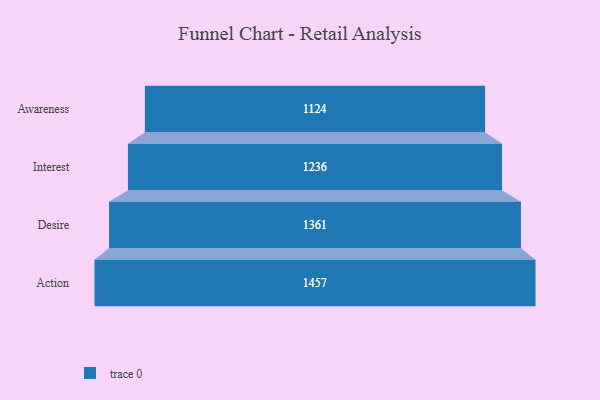
{"axis": {"x": "Stage", "y": "Value"}, "legend": [""], "data": [{"x": "Awareness", "y": 1124.0, "type": ""}, {"x": "Interest", "y": 1236.0, "type": ""}, {"x": "Desire", "y": 1361.0, "type": ""}, {"x": "Action", "y": 1457.0, "type": ""}]}